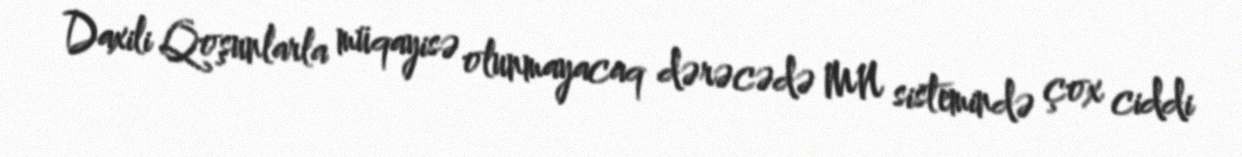
Daxili Qoşunlarla müqayisə olunmayacaq dərəcədə MN sistemində çox ciddi